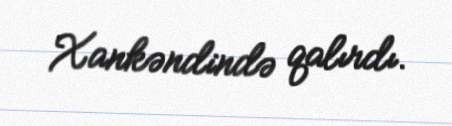
Xankəndində qalırdı.